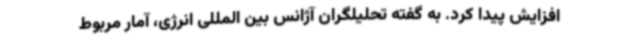
افزایش پیدا کرد. به گفته تحلیلگران آژانس بین المللی انرژی، آمار مربوط